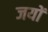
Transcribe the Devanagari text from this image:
जयों